Vaccination North-Western Provinces and Oudh 1896-1901 - 1896-1901
Year: 1896
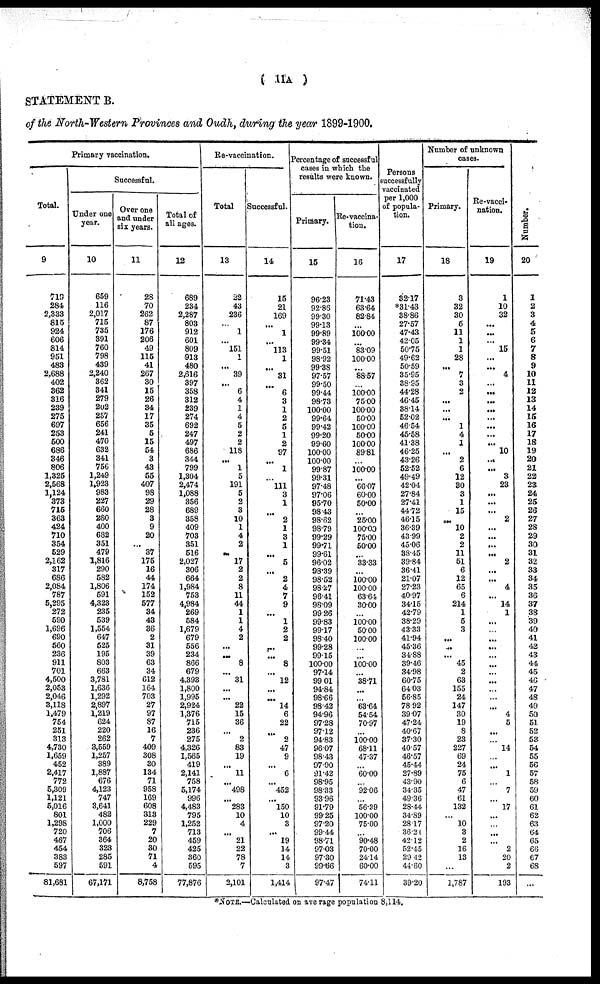
( 11A )
STATEMENT B.
of the North-Western Provinces and Oudh, during the year 1899-1900.
Primary vaccination.
Total.
9
719
284
2,333
815
924
606
814
951
483
2,688
402
362
316
239
275
697
253
500
686
346
806
1,325
2,568
1,124
373
715
363
424
710
354
529
2,162
317
686
2,084
787
5,295
272
590
1,696
690
560
236
911
701
4,500
2,053
2,046
3,118
1,479
754
251
313
4,730
1,659
452
2,417
772
5,309
1,121
5,016
801
1,298
720
467
454
383
597
81,681
Successful.
Under one
year.
10
659
116
2,017
715
735
391
760
798
439
2,240
362
341
279
202
257
656
241
470
632
341
756
1,249
1,923
983
227
660
280
400
632
351
479
1,816
290
582
1,806
591
4,323
235
539
1,554
647
525
195
803
663
3,781
1,636
1,292
2,897
1,219
624
220
262
3,559
1,257
389
1,887
676
4,123
747
3,641
482
1,000
706
364
323
285
591
67,171
Over one
and under
six years.
11
28
70
262
87
176
206
49
115
41
267
30
15
26
34
17
35
5
15
54
3
43
55
407
98
29
28
3
9
20
...
37
175
16
44
174
152
577
34
43
36
2
31
39
63
34
612
164
703
27
97
87
16
7
409
308
30
134
71
958
169
608
313
229
7
20
30
71
4
8,758
Total of
all ages.
12
689
234
2,287
803
912
601
809
913
480
2,616
397
358
312
239
274
692
247
497
686
344
799
1,304
2,474
1,088
356
689
358
409
703
351
516
2,027
306
664
1,984
753
4,984
269
584
1,679
679
556
234
866
679
4,393
1,800
1,995
2,924
1,376
715
236
275
4,326
1,565
419
2,141
758
5,174
996
4,483
795
1,252
713
459
425
360
595
77,876
Re-vaccination.
Total
13
22
43
236
...
1
...
151
1
...
39
...
6
4
1
4
5
2
2
118
...
1
5
191
5
2
3
10
1
4
2
...
17
2
2
8
11
44
1
1
4
2
...
...
8
...
31
...
...
22
15
36
...
2
83
19
...
11
...
498
...
283
10
4
...
21
22
78
7
2,101
Successful.
14
15
21
169
...
1
...
113
1
...
31
...
6
3
1
2
5
1
2
97
...
1
...
11l
3
1
...
2
1
3
1
...
5
...
2
4
7
9
...
1
2
2
...
...
8
...
12
...
...
14
6
22
...
2
47
9
...
6
...
452
...
150
10
3
...
19
14
14
3
1,414
Percentage of successful
cases in which the
results were known.
Primary.
15
96.23
92.85
99.30
99.13
99.89
99.34
99.51
98.92
99.38
97.57
99.50
99.44
98.73
100.00
99.64
99.42
99.20
99.60
100.00
100.00
99.87
99.31
97.48
97.06
95.70
98.43
98.62
98.79
99.29
99.71
99.61
96.02
98.39
98.52
98.27
96.41
98.09
99.26
99.83
99.17
98.40
99.28
99.15
100.00
97.14
99.01
94.84
98.66
98.42
94.96
97.28
97.12
94.83
96.07
98.43
97.90
91.42
98.95
98.33
93.96
91.79
99.25
97.20
99.44
98.71
97.03
97.30
99.66
97.47
Re-vaccina-
tion.
16
71.43
63.64
82.84
...
100.00
...
83.09
100.00
...
88.57
...
100.00
75.00
100.00
50.00
100.00
50.00
100.00
89.81
...
100.00
...
66.07
60.00
50.00
...
25.00
100.00
75.00
50.00
...
33.33
...
100.00
100.00
63.64
30.00
...
100.00
50.00
100.00
...
...
100.00
...
38.71
...
...
63.64
54.54
70.97
...
100.00
68.11
47.37
...
60.00
...
92.06
...
56.39
100.00
75.00
...
90.48
70.00
24.14
60.00
74.11
Persons
successfully
vaccinated
per 1,000
of popula-
tion.
17
32.17
*31.43
38.86
27.57
47.43
42.05
50.75
49.62
50.59
35.95
38.95
44.28
46.45
38.14
52.02
46.54
45.58
41.38
46.25
43.26
52.52
49.49
42.04
27.84
27.41
44.72
46.15
36.39
43.99
45.06
38.45
39.84
36.41
21.07
27.23
40.97
34.15
42.79
38.29
43.33
41.94
45.36
34.88
39.46
34.98
60.75
64.03
56.85
78.92
39.07
47.24
40.67
37.30
40.57
46.57
45.44
27.89
43.90
34.35
49.36
28.44
34.89
28.17
36.24
42.12
52.45
29.42
44.60
39.20
Number of unknown
cases.
Primary.
18
3
32
30
5
11
1
1
28
...
7
3
2
...
...
...
1
4
1
...
2
6
12
30
3
1
15
...
10
2
2
11
51
6
12
65
6
214
1
5
3
...
...
...
45
2
63
155
24
147
30
19
8
23
227
69
24
75
6
47
61
132
...
10
3
2
16
13
...
1,787
Re-vacci-
nation.
19
1
10
32
...
...
...
15
...
...
4
...
...
...
...
...
...
...
...
10
...
...
3
23
...
...
...
2
...
...
...
...
2
...
...
4
...
14
1
...
...
...
...
...
...
...
...
...
...
...
4
5
...
...
14
...
...
1
...
7
...
17
...
...
...
...
2
20
2
193
Number.
20
1
2
3
4
5
6
7
8
9
10
11
12
13
14
15
16
17
18
19
20
21
22
23
24
25
26
27
28
29
30
31
32
33
34
35
36
37
38
39
40
41
42
43
44
45
46
47
48
49
50
51
52
53
54
55
56
57
58
59
60
61
62
63
64
65
66
67
68
...
*NOTE.—Calculated on average population 8,114.